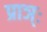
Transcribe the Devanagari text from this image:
प्राञ्ः